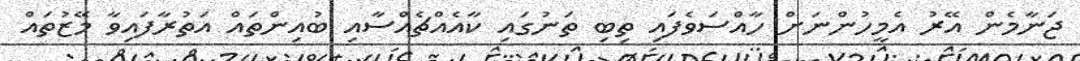
ޖަނާމެން އޭރު އެމީހުންނަށް ހާއްސަވެފައި ތިބި ތަނުގައި ކާއެއްޗެއްސާއި ބުއިންތައް އަތުރާފައިވާ މޭޒުތައް